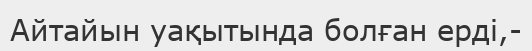
Айтайын уақытында болған ерді,-